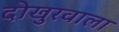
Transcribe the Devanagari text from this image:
दोखुरवाला